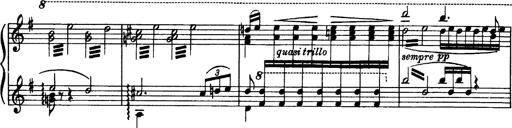
Title: OuvertÃ¼re zu TannhÃ¤user
Composer: Franz Liszt